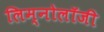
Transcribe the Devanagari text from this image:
लिम्नोलॉजी